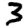
Digit: 3